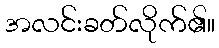
အလင်းခတ်လိုက်၏။